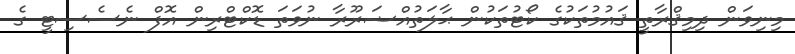
މިނިވަން ދިމިޤްރާތީ ޤައުމުތަކުގެ ކޯޓުތަކުން ޙާލަތުއްޟަރޫރާ ނުވަތަ ޑޮކްޓްރިން އޮފް ނެސެސިޓީ ގެ